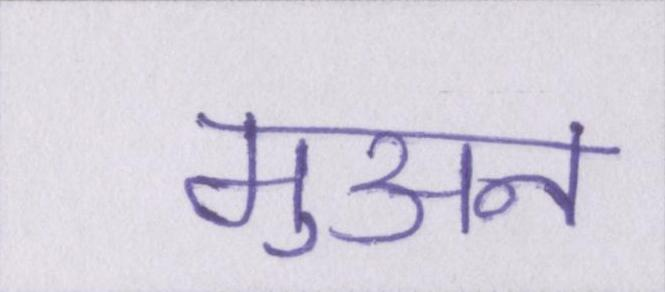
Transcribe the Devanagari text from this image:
मुअन